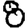
Digit: 8